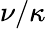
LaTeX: \nu/\kappa